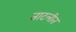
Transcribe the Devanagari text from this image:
ताटलीत